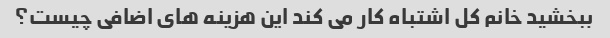
ببخشید خانم کل اشتباه کار می کند این هزینه های اضافی چیست؟